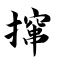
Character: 撺